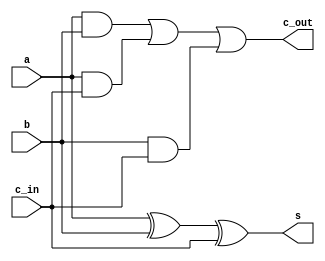
module full_adder_gate (a , b , c_in , s , c_out) ;
	input a, b, c_in ;
	output s, c_out ;
	
	wire sw1 , c_and1 , c_and2 , c_and3 , c_or1 ;
	
	xor (sw1 , a , b) ;
	xor (s , sw1 , c_in) ;
	
	and (c_and1 , a , b) ;
	and (c_and2 , a , c_in) ;
	and (c_and3 , b , c_in) ;
	or (c_or1 , c_and1 , c_and2) ;
	or (c_out , c_or1 , c_and3) ;
endmodule

module testbench ;
	reg a , b , c_in ;
	wire s , c_out ;
	full_adder_gate fa (a , b , c_in , s , c_out) ;

	
	initial
		begin
			$monitor ( , $time , " %b %b %b | %b %b " , a , b , c_in , s , c_out) ;
			$dumpfile ("adder.vcd") ;
			$dumpvars (0, testbench) ;
			#1 c_in = 1'b0 ; a = 1'b0 ; b = 1'b0 ;
			#1 b = 1'b1 ;
			#1 a = 1'b1 ; b = 1'b0 ;
			#1 b = 1'b1 ;
			#1 c_in = 1'b1 ; a = 1'b0 ; b = 1'b0 ;
			#1 b = 1'b1 ;
			#1 a = 1'b1 ; b = 1'b0 ;
			#1 b = 1'b1 ; 
			$finish ;
		end

endmodule